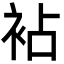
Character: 袩